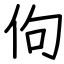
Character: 佝